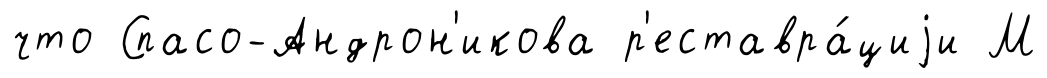
что Спасо-Андрон'икова р'еставра́циjи М